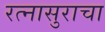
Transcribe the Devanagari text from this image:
रत्नासुराचा